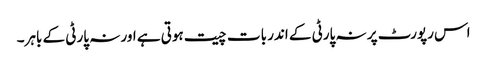
اس رپورٹ پر نہ پارٹی کے اندر بات چیت ہوتی ہے اور نہ پارٹی کے باہر۔